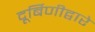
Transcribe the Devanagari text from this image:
दूर्बिणीद्वारे